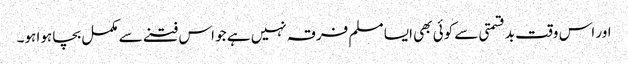
اور اس وقت بدقسمتی سے کوئی بھی ایسا مسلم فرقہ نہیں ہے جو اس فتنے سے مکمل بچا ہوا ہو۔